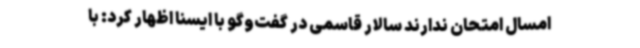
امسال امتحان ندارند سالار قاسمی در گفت‌وگو با ایسنا اظهار کرد: با